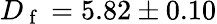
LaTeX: D_{\mathrm{~f~}}=5.82\pm 0.10